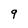
Character: 9